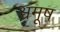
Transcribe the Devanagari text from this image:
श्वमूष